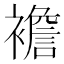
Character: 襜